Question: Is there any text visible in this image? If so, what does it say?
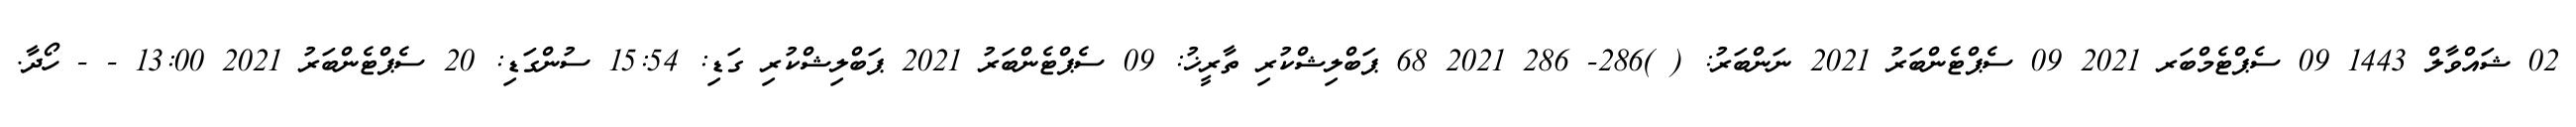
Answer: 02 ޝައްވާލް 1443 09 ސެޕްޓެމްބަރ 2021 09 ސެޕްޓެންބަރު 2021 ނަންބަރު: ( )286- 286 2021 68 ޕަބްލިޝްކުރި ތާރީޚު: 09 ސެޕްޓެންބަރު 2021 ޕަބްލިޝްކުރި ގަޑި: 15:54 ސުންގަޑި: 20 ސެޕްޓެންބަރު 2021 13:00 - - ހޯދާ.